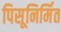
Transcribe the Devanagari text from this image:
पिसूनिर्मित